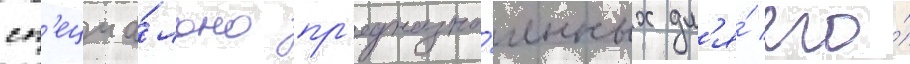
сп'ециа́льно пр'едназна́ченных дл'я́ его́